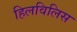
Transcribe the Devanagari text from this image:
हिलविलिस